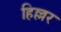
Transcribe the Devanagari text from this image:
हिल्लर